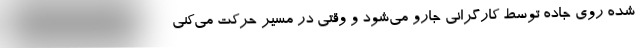
شده روی جاده توسط کارگرانی جارو می‌شود و وقتی در مسیر حرکت می‌کنی